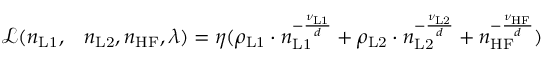
\begin{array} { r l } { \mathcal { L } ( n _ { \mathrm { L 1 } } , } & { { } n _ { \mathrm { L 2 } } , n _ { \mathrm { H F } } , \lambda ) = \eta ( \rho _ { \mathrm { L 1 } } \cdot n _ { \mathrm { L 1 } } ^ { - \frac { \nu _ { \mathrm { L 1 } } } { d } } + \rho _ { \mathrm { L 2 } } \cdot n _ { \mathrm { L 2 } } ^ { - \frac { \nu _ { \mathrm { L 2 } } } { d } } + n _ { \mathrm { H F } } ^ { - \frac { \nu _ { \mathrm { H F } } } { d } } ) } \end{array}